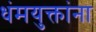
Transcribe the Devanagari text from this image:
धंमयुक्तांना